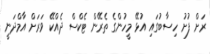
ރަށް ފުށު ހިސާބުގައި އުޅޭ މީހުންގެ ތެރޭން ޓެކްސް ދެއްކޭ ވަރަށް އާމްދަނީ